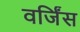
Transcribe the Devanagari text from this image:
वर्जिंस